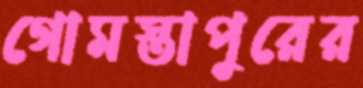
গোমস্তাপুরের